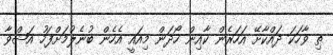
ތި ވާހަކަ ދައްކާށޭ އަހަރެން ކާއިން ހޯދަން މިއައީ އެހެން ބުނެލުމަށްފަހު އަޝްވާ